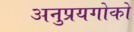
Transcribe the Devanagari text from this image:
अनुप्रयगोको